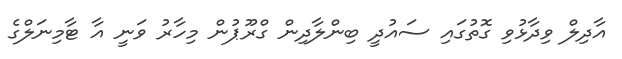
އާދިލް ވިދާޅުވި ގޮތުގައި ސައުދީ ބިންލާދިން ގްރޫޕުން މިހާރު ވަނީ އާ ޓާމިނަލްގެ